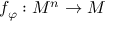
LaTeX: f _ { \varphi } : M ^ { n } \to M